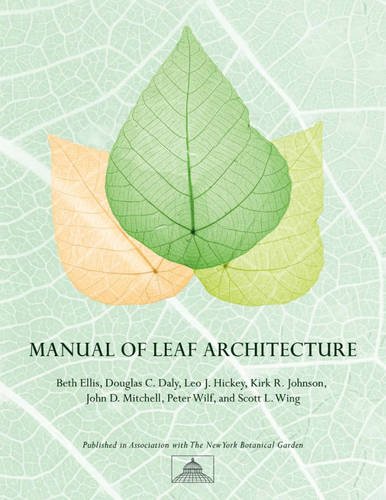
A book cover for Manual of Leaf Architecture; Beth Ellis; Science & Math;